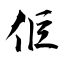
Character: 佢